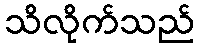
သိလိုက်သည်